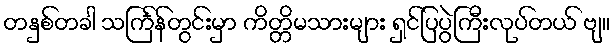
တနှစ်တခါ သင်္ကြန်တွင်းမှာ ကိတ္တိမသားများ ရှင်ပြပွဲကြီးလုပ်တယ် ဗျ။